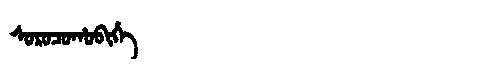
Manchu: ᠰᠣᡵᠣᠴᠣᡥᠣᠪᡳᡥᡝ
Romanization: SOROCOHOBIHE